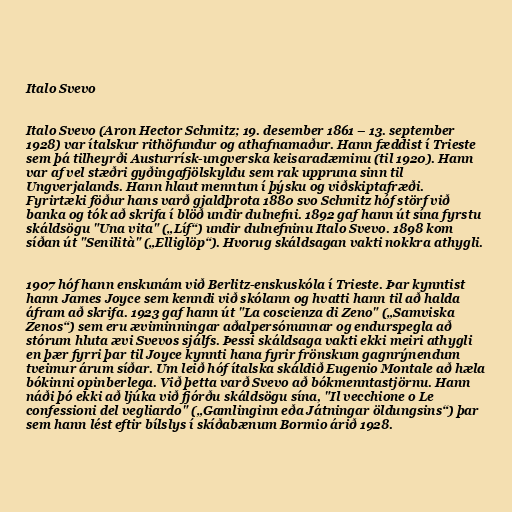
Italo Svevo

Italo Svevo (Aron Hector Schmitz; 19. desember 1861 – 13. september
1928) var ítalskur rithöfundur og athafnamaður. Hann fæddist í Trieste
sem þá tilheyrði Austurrísk-ungverska keisaradæminu (til 1920). Hann
var af vel stæðri gyðingafjölskyldu sem rak uppruna sinn til
Ungverjalands. Hann hlaut menntun í þýsku og viðskiptafræði.
Fyrirtæki föður hans varð gjaldþrota 1880 svo Schmitz hóf störf við
banka og tók að skrifa í blöð undir dulnefni. 1892 gaf hann út sína fyrstu
skáldsögu "Una vita" („Líf“) undir dulnefninu Italo Svevo. 1898 kom
síðan út "Senilità" („Elliglöp“). Hvorug skáldsagan vakti nokkra athygli.

1907 hóf hann enskunám við Berlitz-enskuskóla í Trieste. Þar kynntist
hann James Joyce sem kenndi við skólann og hvatti hann til að halda
áfram að skrifa. 1923 gaf hann út "La coscienza di Zeno" („Samviska
Zenos“) sem eru æviminningar aðalpersónunnar og endurspegla að
stórum hluta ævi Svevos sjálfs. Þessi skáldsaga vakti ekki meiri athygli
en þær fyrri þar til Joyce kynnti hana fyrir frönskum gagnrýnendum
tveimur árum síðar. Um leið hóf ítalska skáldið Eugenio Montale að hæla
bókinni opinberlega. Við þetta varð Svevo að bókmenntastjörnu. Hann
náði þó ekki að ljúka við fjórðu skáldsögu sína, "Il vecchione o Le
confessioni del vegliardo" („Gamlinginn eða Játningar öldungsins“) þar
sem hann lést eftir bílslys í skíðabænum Bormio árið 1928.